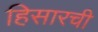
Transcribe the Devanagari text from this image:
हिसारची